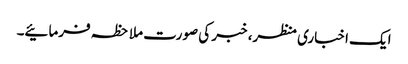
ایک اخباری منظر، خبر کی صورت ملاحظہ فرمائیے۔